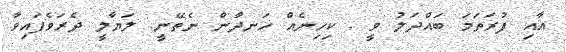
އާއި ފުރަތަމަ ބައްދަލު ވީ . ކިހިނެއް ހަނދާން ނެތޭނީ. ލަޔާލީ ދެރަވެފައިވާ